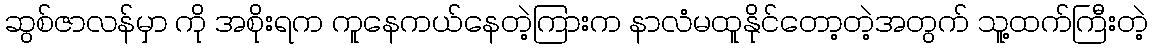
ဆွစ်ဇာလန်မှာ ကို အစိုးရက ကူနေကယ်နေတဲ့ကြားက နာလံမထူနိုင်တော့တဲ့အတွက် သူ့ထက်ကြီးတဲ့